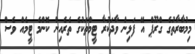
މިމުބާރާތުގެ ގްރޫޕް އޭ ފަޅިން ވާދަކުރާ ޓީމްތަކުގެ ތެރެއިން ކޮންމެ ޓީމެއް ވެސް